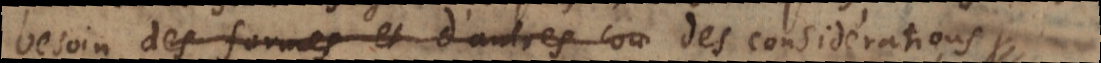
besoin des formes et d’autres con des considerations